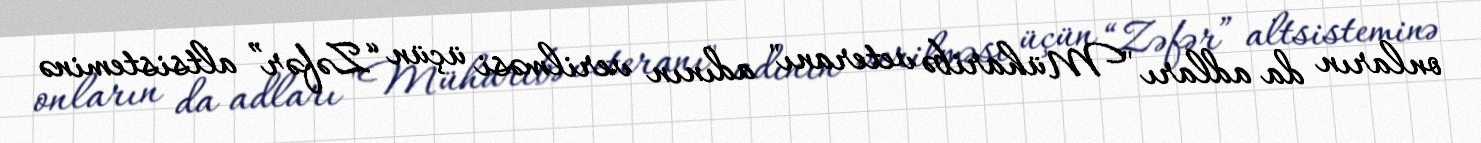
onların da adları "Müharibə veteranı" adının verilməsi üçün “Zəfər” altsisteminə